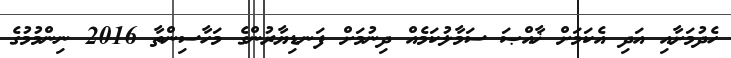
ހެދުމަށާއި އަދި އެކަމަށް ޚާއްޞަ ސަމާލުކަމެއް ދިނުމަށް ފަނޑިޔާރުންގެ މަހާސިންތާ 2016 ނިންމުމުގެ